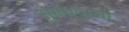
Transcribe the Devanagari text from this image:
सुगंधवाली